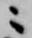
ニ